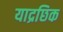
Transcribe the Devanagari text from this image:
याद्रछिक